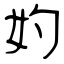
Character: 妁